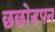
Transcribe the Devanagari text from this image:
छछोडपन